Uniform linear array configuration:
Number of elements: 4
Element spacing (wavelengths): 0.5
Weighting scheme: blackman
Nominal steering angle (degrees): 45
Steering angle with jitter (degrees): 46.401
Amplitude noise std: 0.05
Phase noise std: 0.05

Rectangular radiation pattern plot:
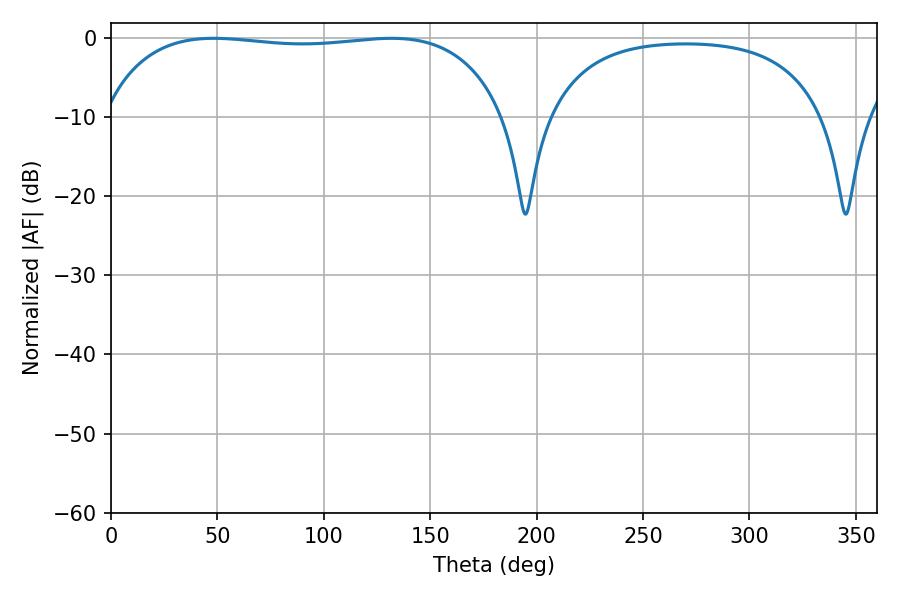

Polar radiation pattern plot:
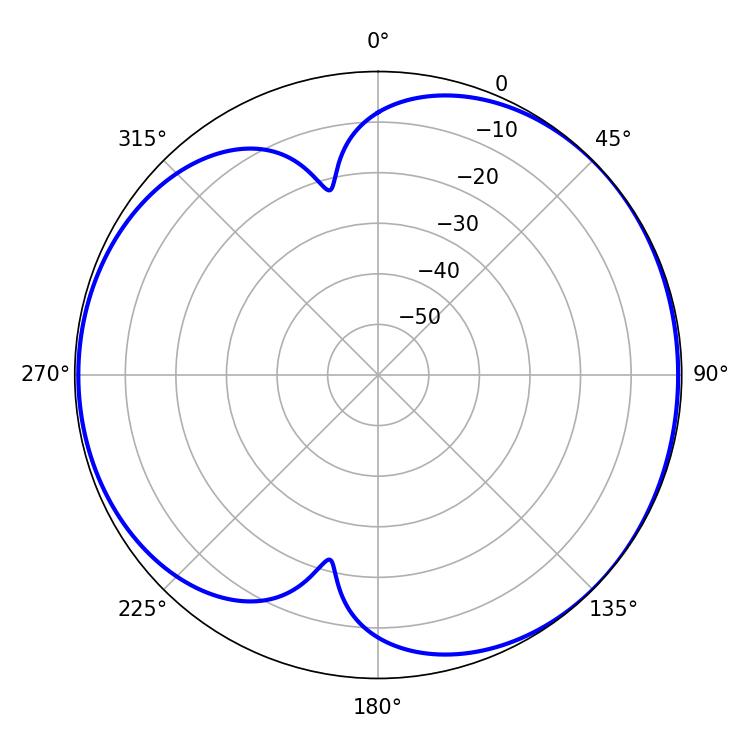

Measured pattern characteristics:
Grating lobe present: FALSE
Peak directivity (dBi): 4.975
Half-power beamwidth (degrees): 151.56
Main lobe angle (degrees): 48.24